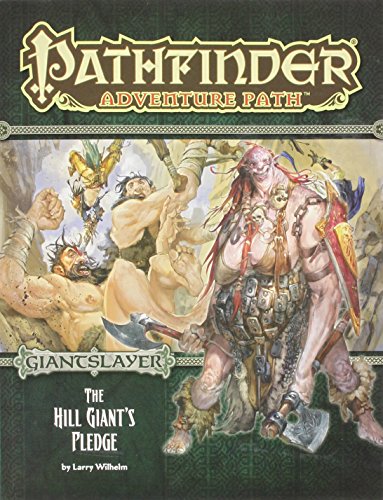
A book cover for Pathfinder Adventure Path: Giantslayer Part 2 - The Hill Giant's Pledge (Pathfinder Roleplaying Game); Larry Wilhelm; Science Fiction & Fantasy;